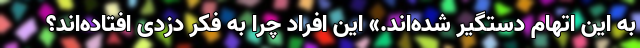
به این اتهام دستگیر شده‌اند.» این افراد چرا به فکر دزدی افتاده‌اند؟